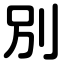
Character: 別